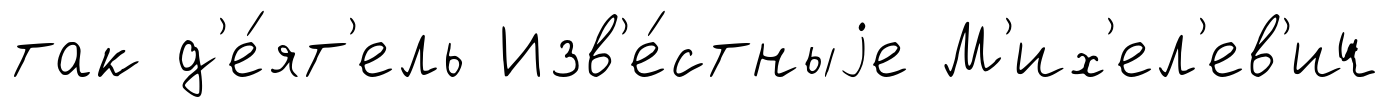
так д'е́ят'ель Изв'е́стныjе М'их'ел'ев'ич